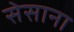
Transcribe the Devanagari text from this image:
सेसाना